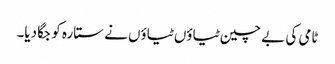
ٹامی کی بے چین ٹیاؤں ٹیاؤں نے ستارہ کو جگا دیا۔